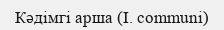
Кәдімгі арша (І. communі)